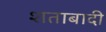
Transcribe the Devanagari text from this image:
शताबादी